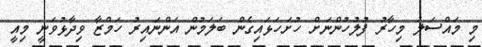
މި މައްސަލަ މިހާރު ފުލުހުންނަށް ހުށަހަޅައިގެން ބަލަމުން އަންނައިރު ހަމްޒާ ވިދާޅުވަނީ މިއީ